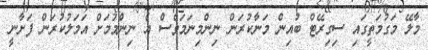
މާލޭ މަގުމަތީގައި ސިގިރޭޓް ބުއިން މަނާކުރަން ނިންމިނަމަވެސް އެ ނިންމުމަށް އަމަލުކުރަން ފަށާނީ